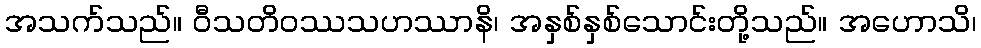
အသက်သည်။ ဝီသတိဝဿသဟဿာနိ၊ အနှစ်နှစ်သောင်းတို့သည်။ အဟောသိ၊